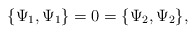
\begin{align*}\{\Psi_{1},\Psi_{1}\}=0=\{\Psi_{2},\Psi_{2}\} ,\end{align*}